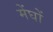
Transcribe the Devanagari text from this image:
मेंघों